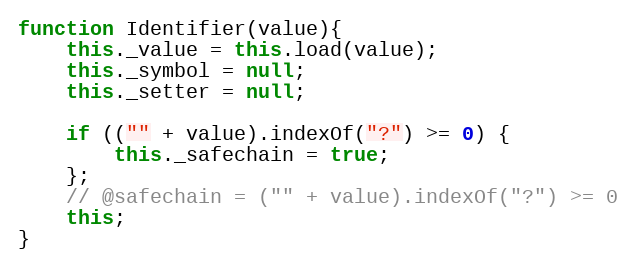
Language: JavaScript
function Identifier(value){
	this._value = this.load(value);
	this._symbol = null;
	this._setter = null;

	if (("" + value).indexOf("?") >= 0) {
		this._safechain = true;
	};
	// @safechain = ("" + value).indexOf("?") >= 0
	this;
}